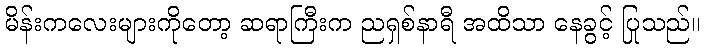
မိန်းကလေးများကိုတော့ ဆရာကြီးက ညရှစ်နာရီ အထိသာ နေခွင့် ပြုသည်။